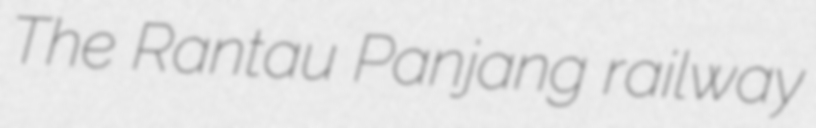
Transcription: The Rantau Panjang railway